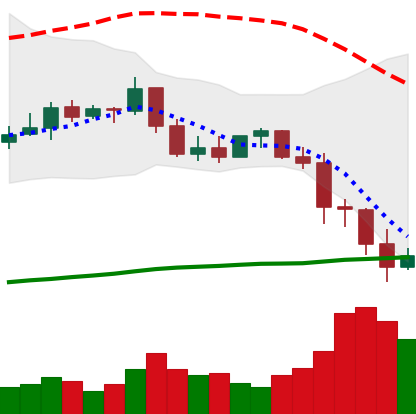
Ticker: BNB-USD
Chart end date: 2022-01-09
Forward return: 11.637%
Label: up_7plus